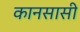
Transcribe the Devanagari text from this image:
कानसासी